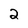
Character: 2